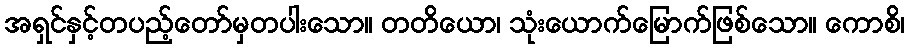
အရှင်နှင့်တပည့်တော်မှတပါးသော။ တတိယော၊ သုံးယောက်မြောက်ဖြစ်သော။ ကောစိ၊